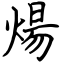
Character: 煬